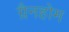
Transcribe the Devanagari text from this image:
ग्रैनहोम